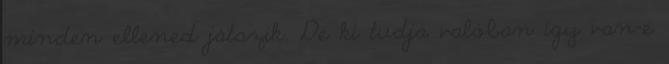
minden ellened játszik. De ki tudja valóban így van-e